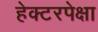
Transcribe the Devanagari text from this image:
हेक्टरपेक्षा